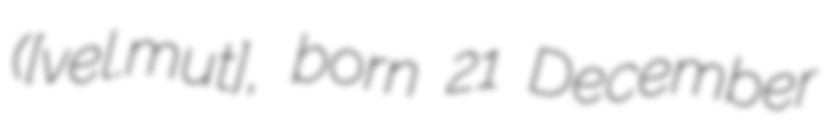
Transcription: ([ˈveːl.χɐmut], born 21 December